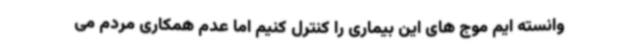
وانسته ایم موج های این بیماری را کنترل کنیم اما عدم همکاری مردم می